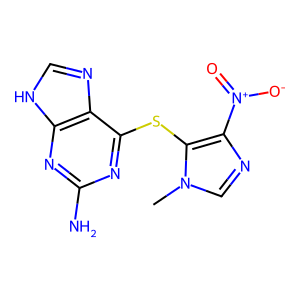
SMILES: Cn1cnc([N+](=O)[O-])c1Sc1nc(N)nc2[nH]cnc12
Inhibits HIV replication: No